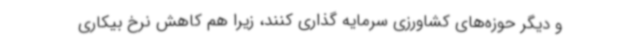
و دیگر حوزه‌های کشاورزی سرمایه گذاری کنند، زیرا هم کاهش نرخ بیکاری